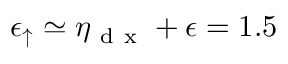
\epsilon _ { \uparrow } \simeq \eta _ { \mathrm { ~ d ~ x ~ } } + \epsilon = 1 . 5 \